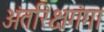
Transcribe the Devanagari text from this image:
अंतरिक्षगंगा